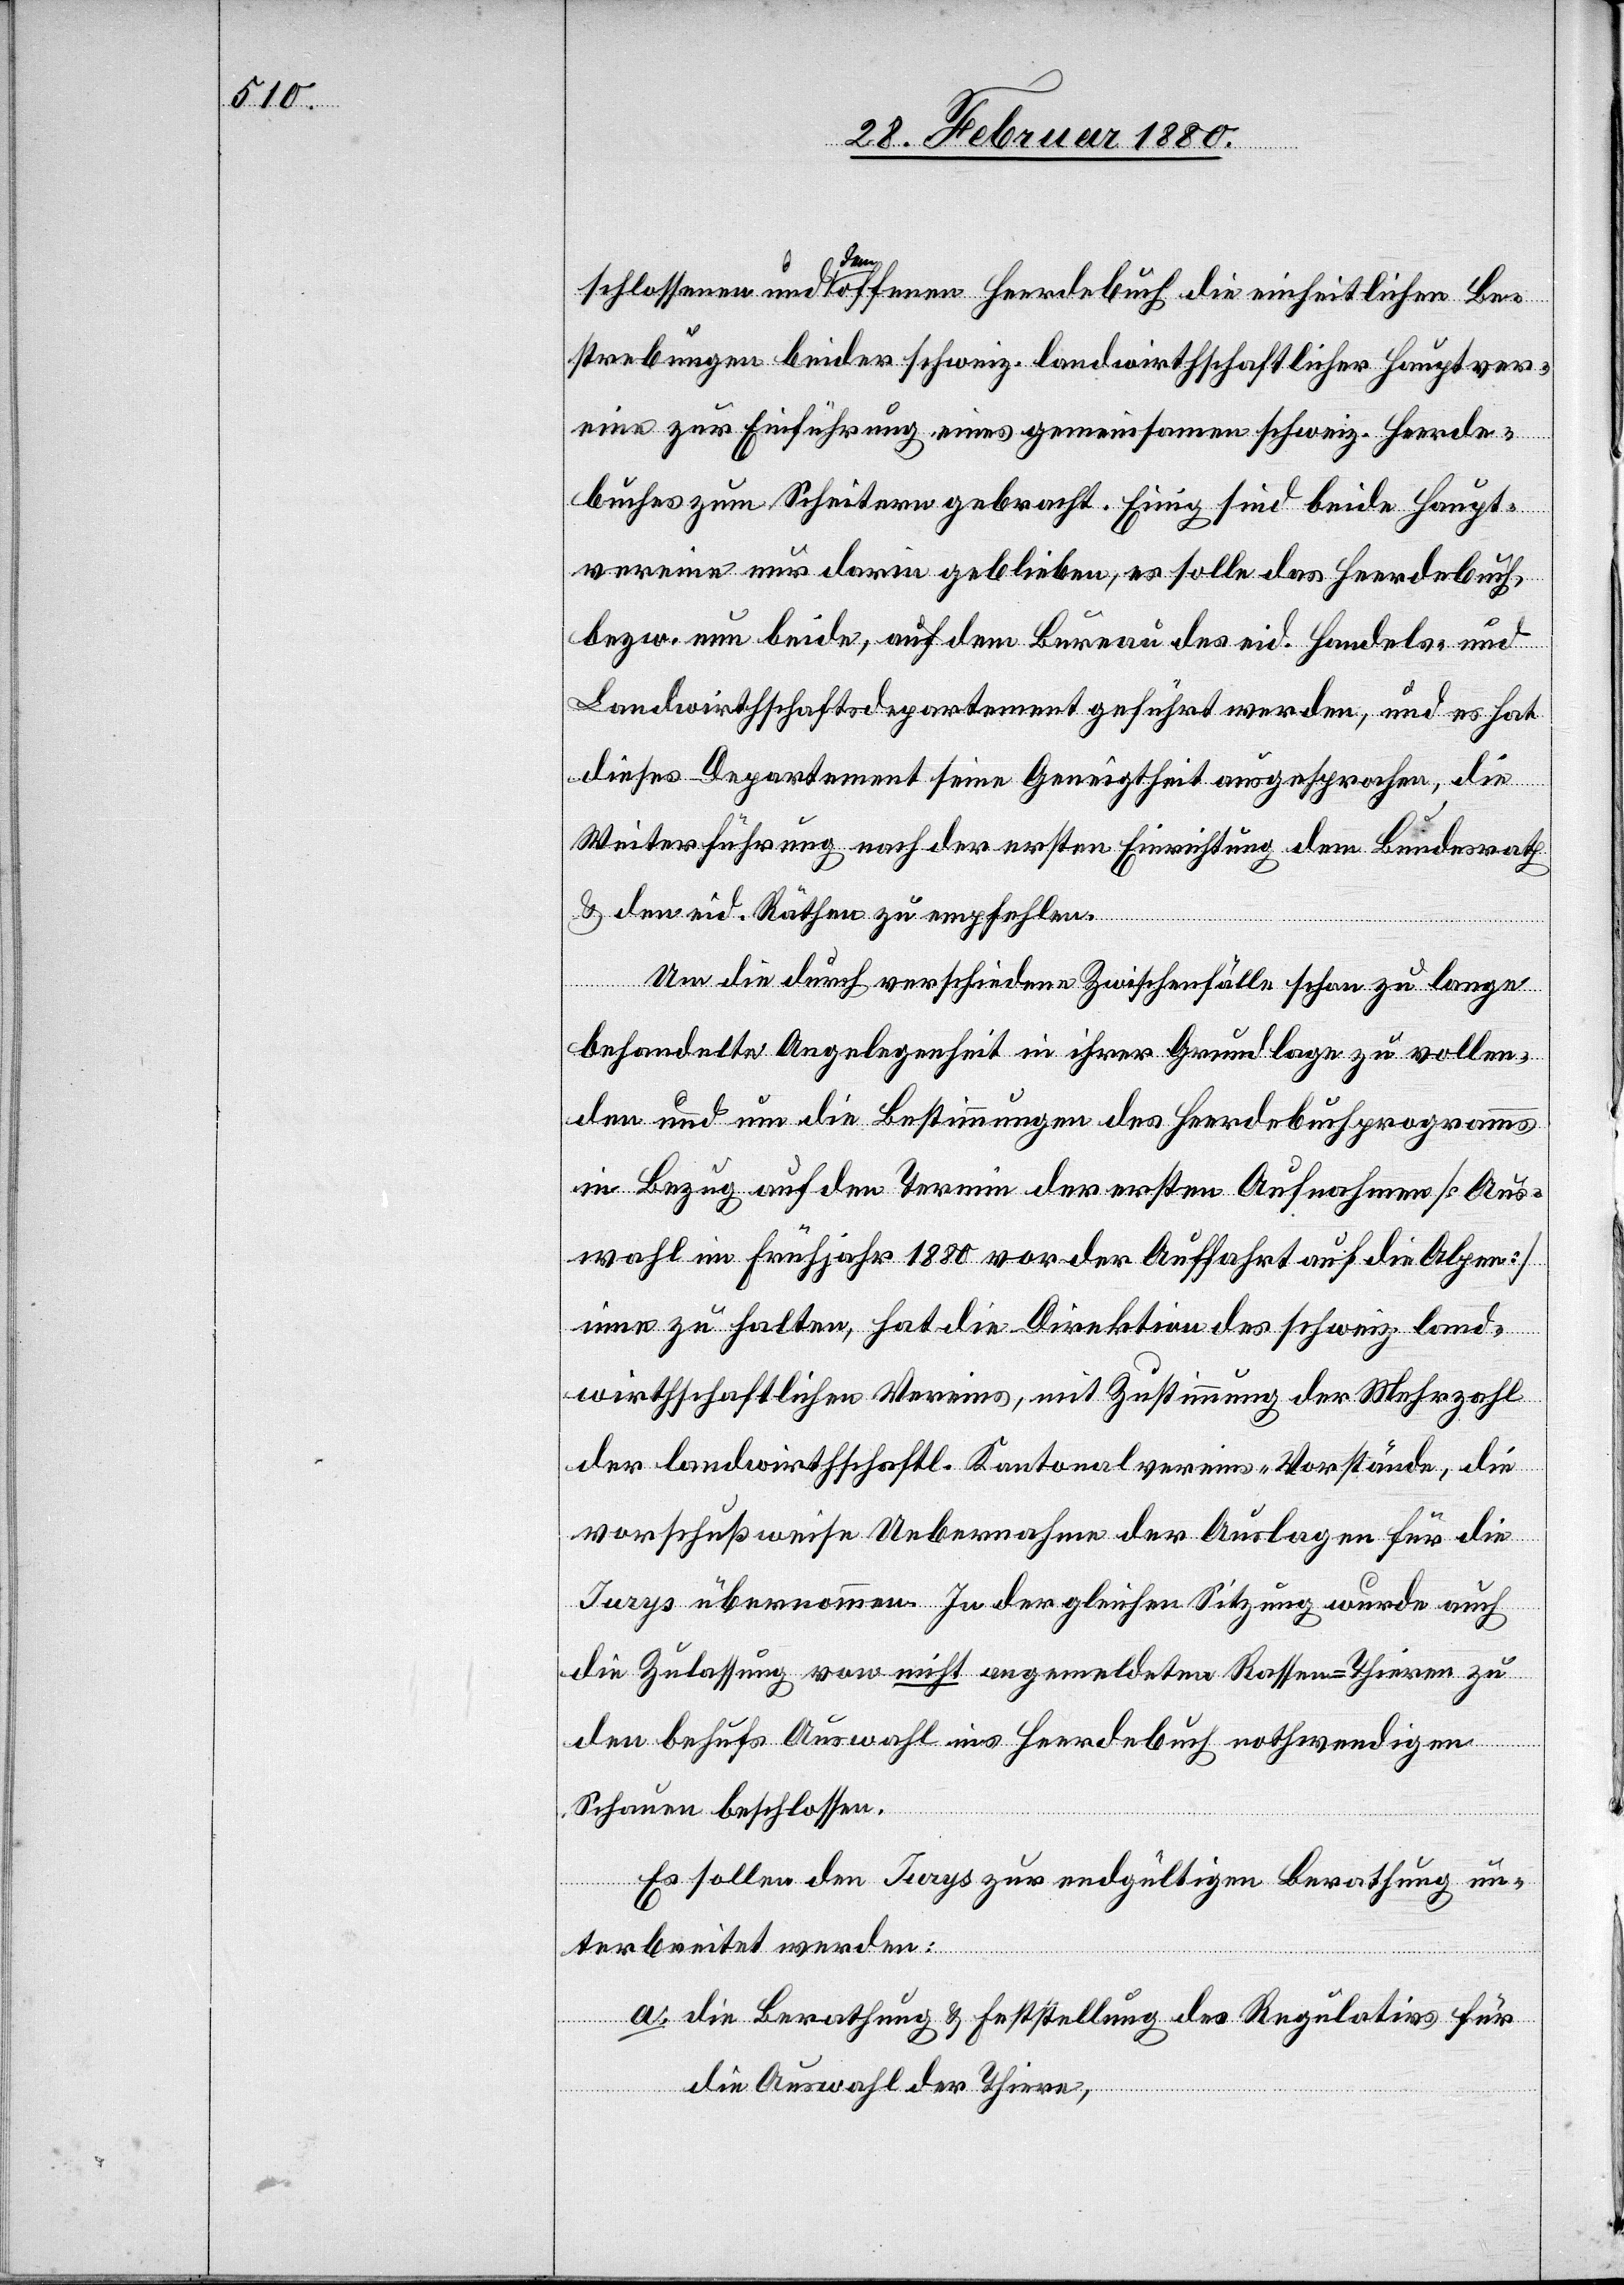
Be¬
strebungen beider schweiz. landwirthschaftlicher Hauptver¬
eine zur Einführung eines gemeinsamen schweiz. Herde¬
buches zum Scheitern gebracht. Einig sind beide Haupt¬
vereine nur darin geblieben, es solle das Herdebuch,
bezw. nun beide, auf dem Bureau des eid. Handels- und
Landwirthschaftsdepartement geführt werden; und es hat
dieses Departement seine Geneigtheit ausgesprochen, die
Weiterführung nach der ersten Einrichtung dem Bundesrath
& den eid. Räthen zu empfehlen.
Um die durch verschiedene Zwischenfälle schon zu lange
behandelte Angelegenheit in ihrer Grundlage zu vollen¬
den und um die Bestimmungen des Heerdebuchprogramms
in Bezug auf den Termin der ersten Aufnahme [Aus¬
wahl im Frühjahr 1880 vor der Auffahrt auf die Alpen]
inne zu halten, hat die Direktion des schweiz. land¬
wirthschaftlichen Vereins, mit Zustimmung der Mehrzahl
der landwirthschaftl. Kantonalvereins-Vorstände, die
vorschußweise Uebernahme der Auslagen für die
Jurys übernommen. In der gleichen Sitzung wurde auch
die Zulassung von nicht angemeldeten Rassen-Thieren zu
den behufs Auswahl ins Heerdebuch nothwendigen
Schauen beschlossen.
Es sollen den Jurys zur endgültigen Berathung un¬
terbreitet werden:
a. die Berathung & Feststellung des Regulativs für
die Auswahl der Thiere,